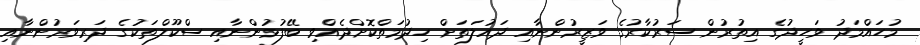
މުހައްމަދު ވަހީދުގެ އިތުރުން ސަރުކާރުގެ ވަޒީރުންނާއި ދައުލަތަށް ހިދުމަތްކޮށްދެއްވި ބޭފުޅުންނާއި ސްކޫލްތަކުގެ ދަރިވަރުންނާއި